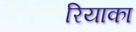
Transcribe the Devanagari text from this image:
रियाका